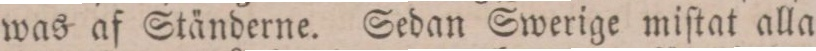
was af Ständerne. Sedan Swerige miſtat alle